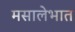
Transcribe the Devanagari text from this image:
मसालेभात